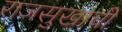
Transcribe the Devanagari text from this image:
राजसुखाची